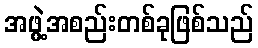
အဖွဲ့အစည်းတစ်ခုဖြစ်သည်